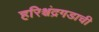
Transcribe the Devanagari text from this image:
हरिश्चंद्रगडाची